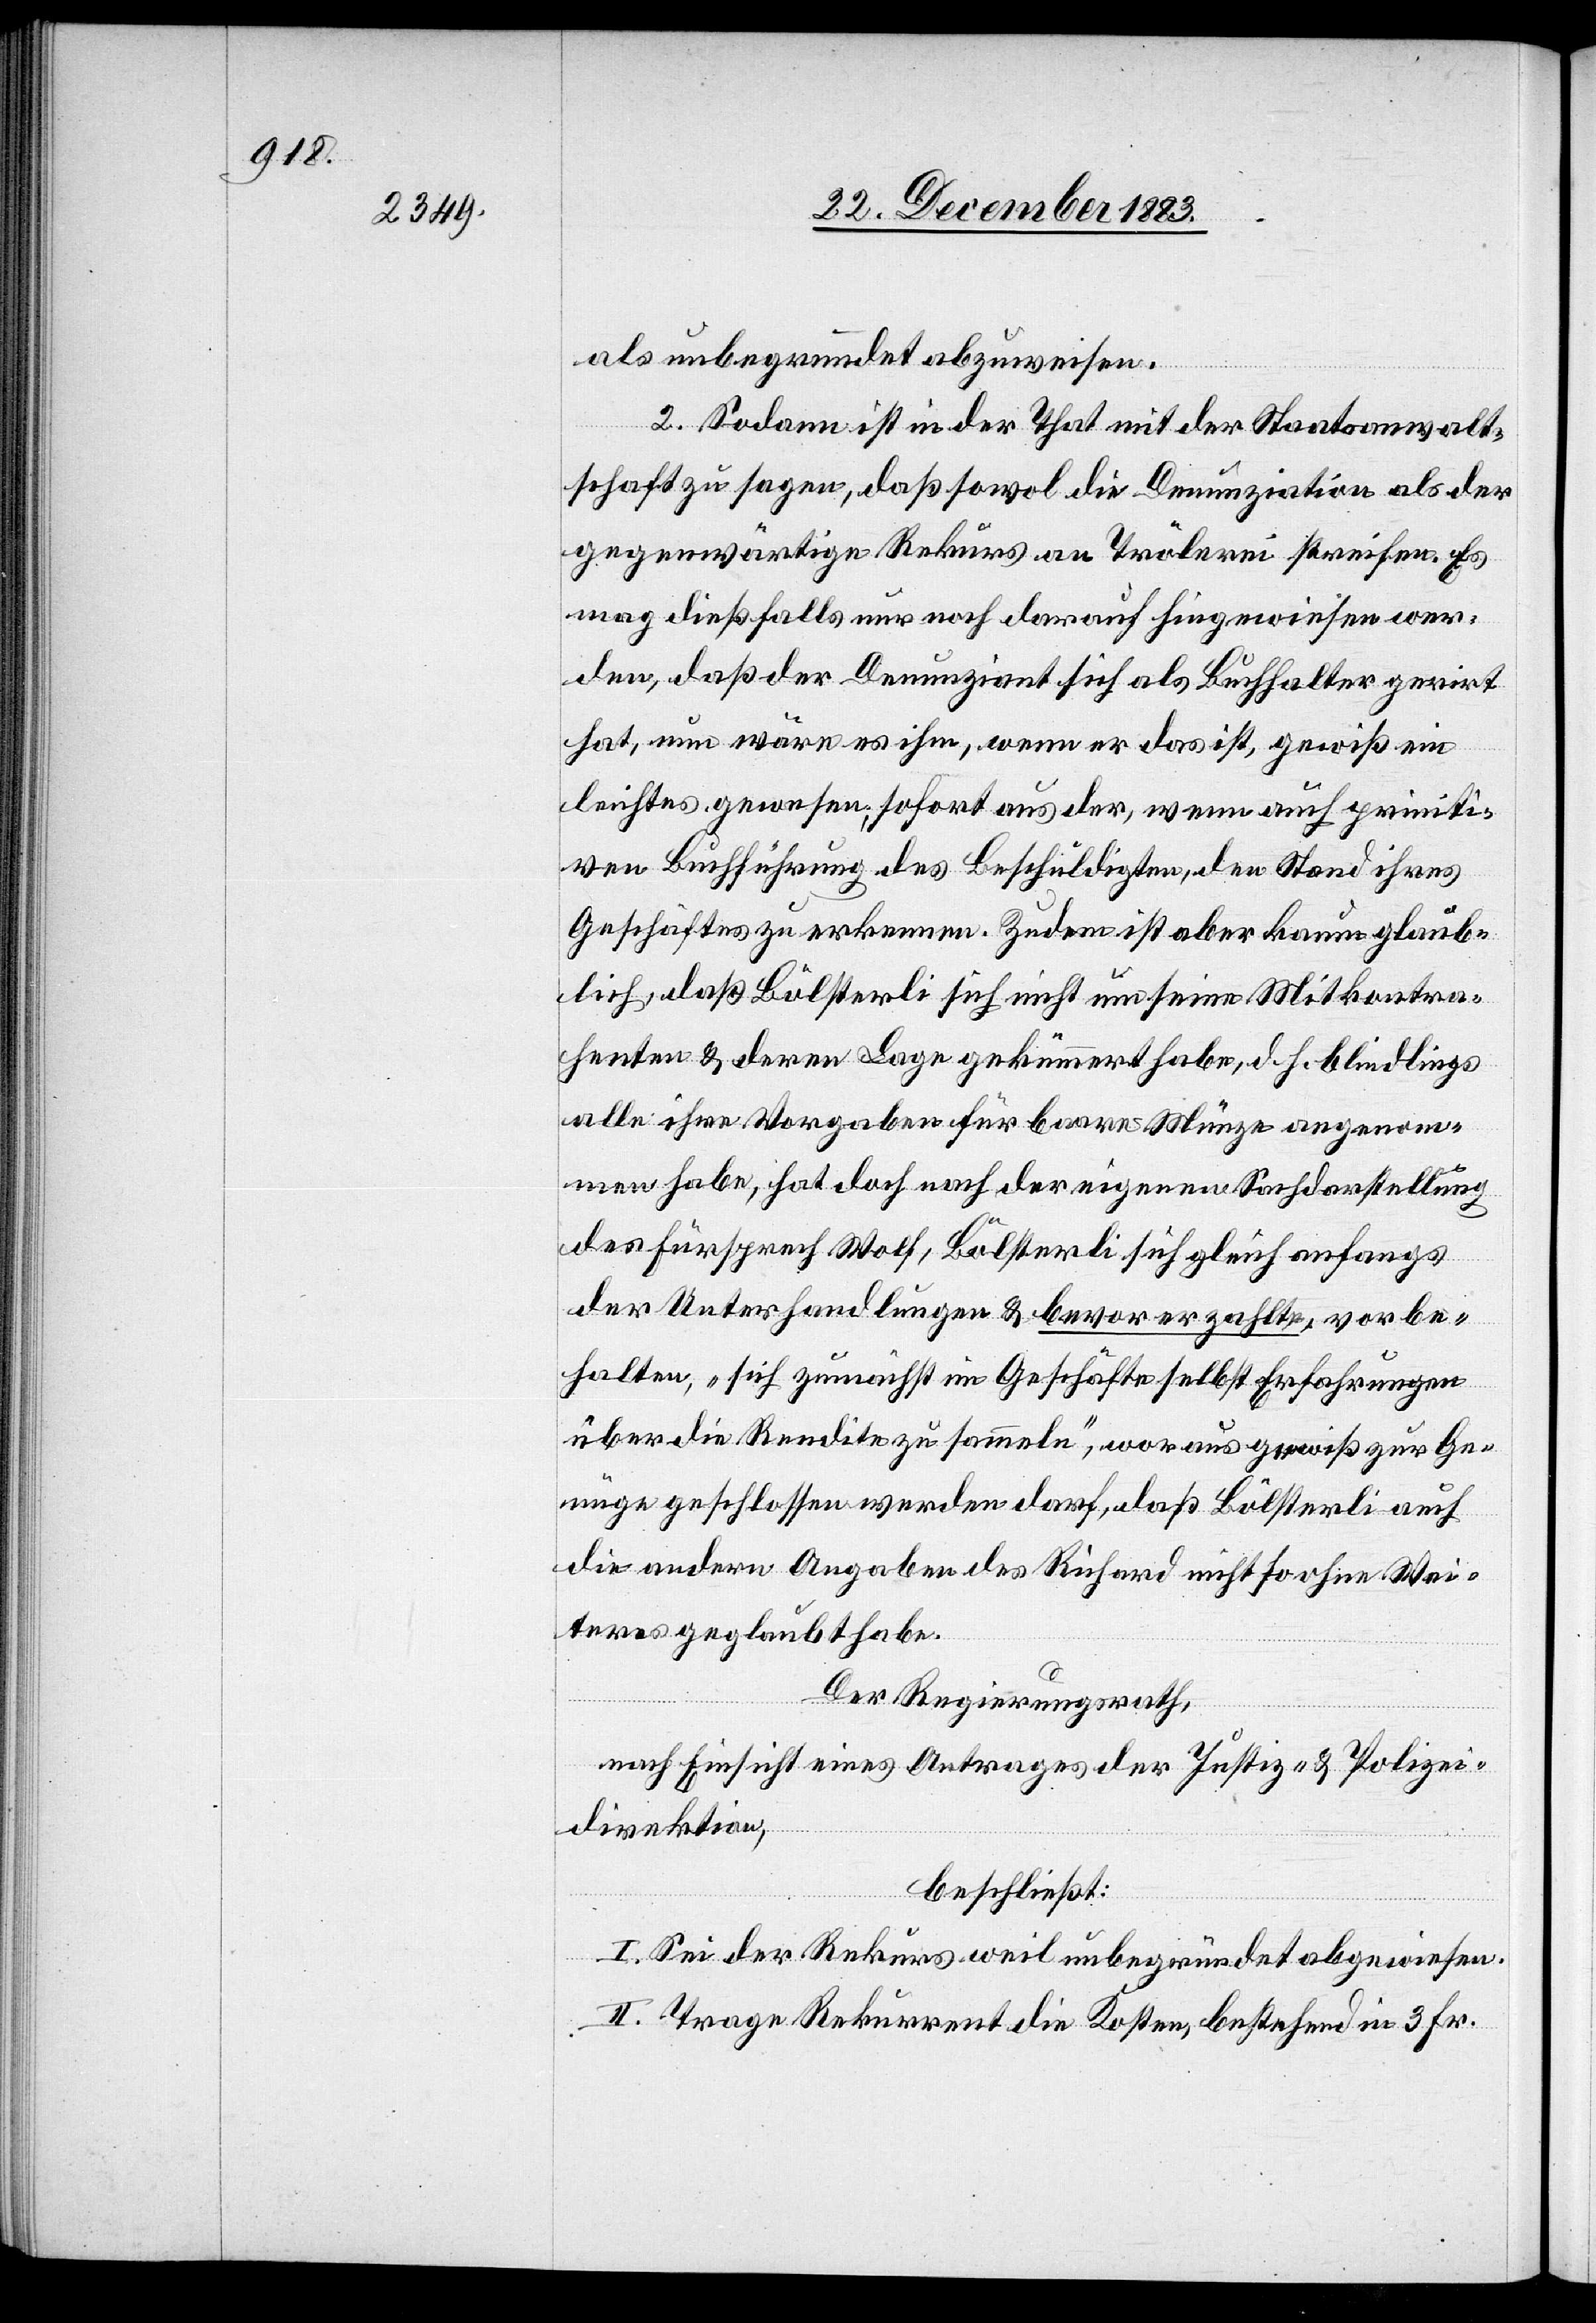
als unbegründet abzuweisen.
2. Sodann ist in der That mit der Staatsanwalt¬
schaft zu sehen, daß sowol die Denunziation als der
gegenwärtige Rekurs an Trölerei streifen. Es
mag dießfalls nur noch darauf hingewiesen wer¬
den, daß der Denunziant sich als Buchhalter geirrt
hat, nun wäre es ihm, wenn er das ist, gewiß ein
leichtes gewesen, sofort aus der, wenn auch primiti¬
ven Buchführung des Beschuldigten, den Stand ihres
Geschäftes zu erkennen. Zudem ist aber kaum glaub¬
lich, daß Bölsterli sich nicht um seine Mitkontra¬
henten & deren Lage gekümmert habe, d. h. blindlings
alle ihre Vorgaben für baare Münze angenom¬
men habe, hat doch nach der eigenen Sachdarstellung
des Fürsprech Wolf, Bölsterli sich gleich anfangs
der Unterhandlungen & bevor er zahlte, vorbe¬
halten, „sich zunächst im Geschäfte selbst Erfahrungen
über die Rendite zu sammeln“, woraus gewiß zur Ge¬
nüge geschlossen werden darf, daß Bölsterli auch
die andern Angaben des Richard nicht so ohne Wei¬
teres geglaubt habe.
Der Regierungsrath,
nach Einsicht eines Antrages der Justiz- & Polizei¬
direktion,
beschließt:
I. Sei der Rekurs weil unbegründet abgewiesen.
II. Trage der Rekurrent die Kosten, bestehend in 3 Fr.